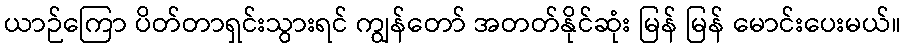
ယာဉ်ကြော ပိတ်တာရှင်းသွားရင် ကျွန်တော် အတတ်နိုင်ဆုံး မြန် မြန် မောင်းပေးမယ်။